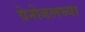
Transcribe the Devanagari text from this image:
ग्रेनोबलच्या